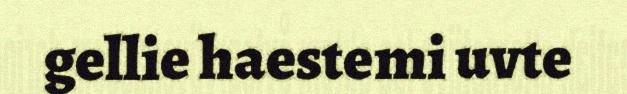
gellie haestemi uvte